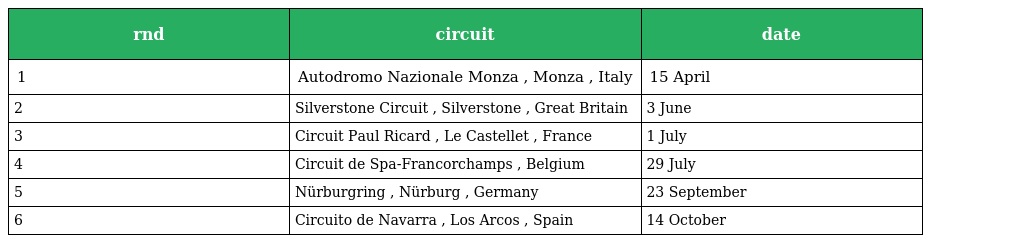
| rnd | circuit | date |
 | --- | --- | --- |
 | 1 | Autodromo Nazionale Monza , Monza , Italy | 15 April |
 | 2 | Silverstone Circuit , Silverstone , Great Britain | 3 June |
 | 3 | Circuit Paul Ricard , Le Castellet , France | 1 July |
 | 4 | Circuit de Spa-Francorchamps , Belgium | 29 July |
 | 5 | Nürburgring , Nürburg , Germany | 23 September |
 | 6 | Circuito de Navarra , Los Arcos , Spain | 14 October |